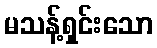
မသန့်ရှင်းသော